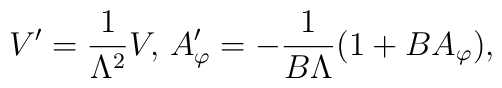
V' = \frac{1}{\Lambda^2} V,\,  A_{\varphi}' = -\frac{1}{B\Lambda}(1+B A_\varphi),